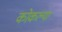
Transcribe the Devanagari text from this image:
कोकल्या